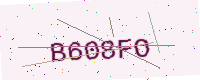
Text: B608FO